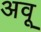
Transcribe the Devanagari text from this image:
अवू